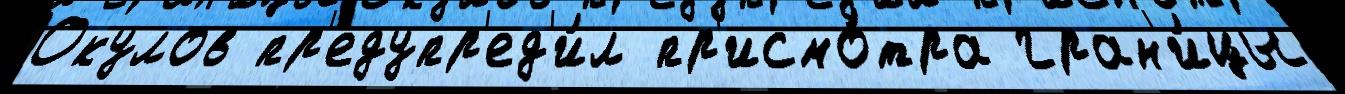
Окулов пр'едупр'ед'и́л пр'исмо́тра гран'и́цы